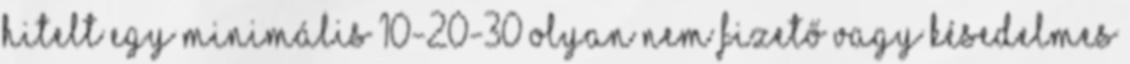
hitelt egy minimális 10-20-30 olyan nem fizető vagy késedelmes